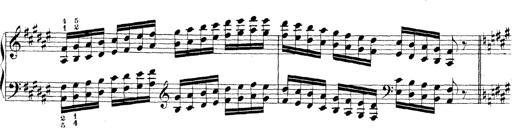
Title: Technische Studien
Composer: Franz Liszt